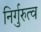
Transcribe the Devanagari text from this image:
निर्गुरुत्व